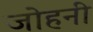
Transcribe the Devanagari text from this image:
जोहनी